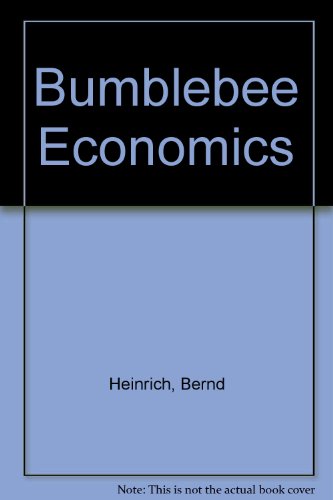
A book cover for Bumblebee Economics; Bernd Heinrich; Sports & Outdoors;